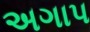
અગાપ